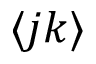
\langle j k \rangle